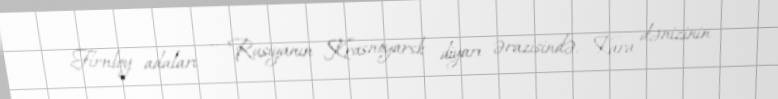
Firnley adaları — Rusiyanın Krasnoyarsk diyarı ərazisində, Kara dənizinin